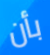
بأن